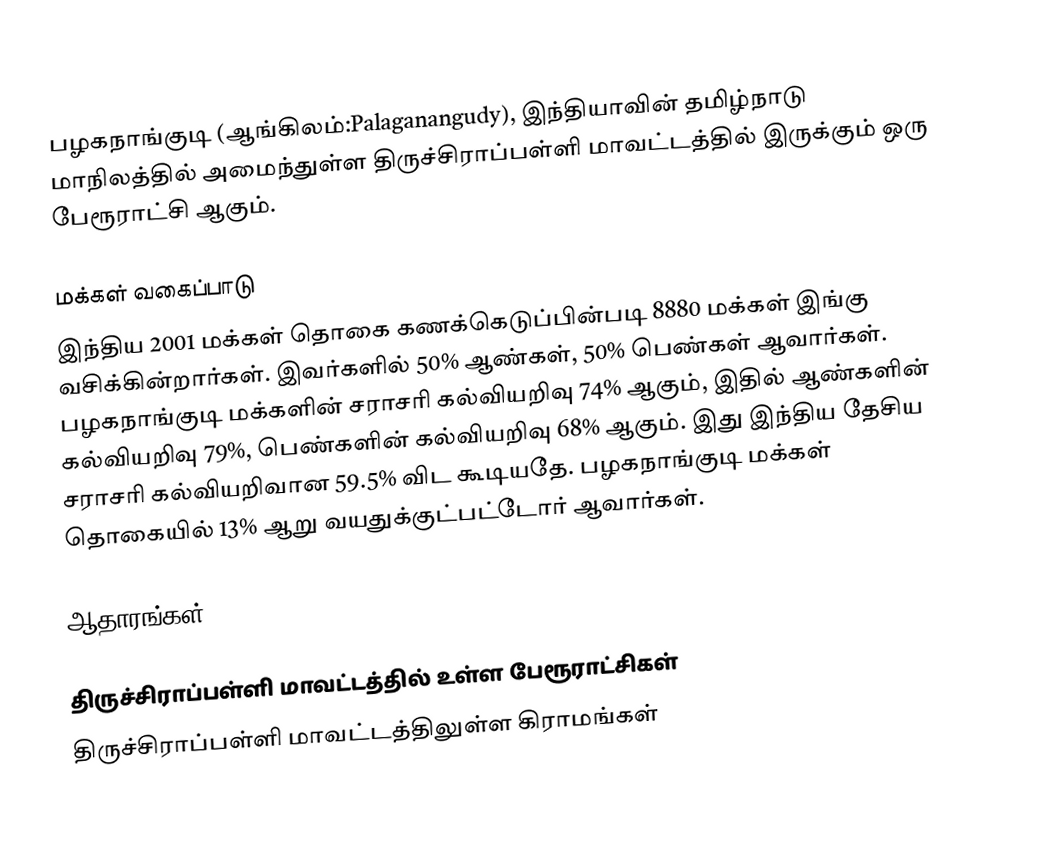
பழகநாங்குடி (ஆங்கிலம்:Palaganangudy), இந்தியாவின் தமிழ்நாடு மாநிலத்தில் அமைந்துள்ள திருச்சிராப்பள்ளி மாவட்டத்தில் இருக்கும் ஒரு பேரூராட்சி ஆகும்.

மக்கள் வகைப்பாடு
இந்திய 2001 மக்கள் தொகை கணக்கெடுப்பின்படி 8880 மக்கள் இங்கு வசிக்கின்றார்கள். இவர்களில் 50% ஆண்கள், 50% பெண்கள் ஆவார்கள். பழகநாங்குடி மக்களின் சராசரி கல்வியறிவு 74% ஆகும்,  இதில் ஆண்களின் கல்வியறிவு 79%,  பெண்களின் கல்வியறிவு 68% ஆகும். இது இந்திய தேசிய சராசரி கல்வியறிவான 59.5% விட கூடியதே. பழகநாங்குடி மக்கள் தொகையில் 13%  ஆறு வயதுக்குட்பட்டோர் ஆவார்கள்.

ஆதாரங்கள்

திருச்சிராப்பள்ளி மாவட்டத்தில் உள்ள பேரூராட்சிகள்
திருச்சிராப்பள்ளி மாவட்டத்திலுள்ள கிராமங்கள்